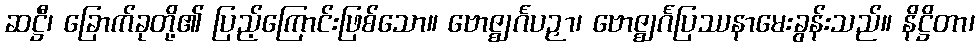
ဆဋ္ဌီ၊ ခြောက်ခုတို့၏ ပြည့်ကြောင်းဖြစ်သော။ ဗောဇ္ဈင်္ဂပဉှာ၊ ဗောဇ္ဈင်္ဂပြဿနာမေးခွန်းသည်။ နိဋ္ဌိတာ၊